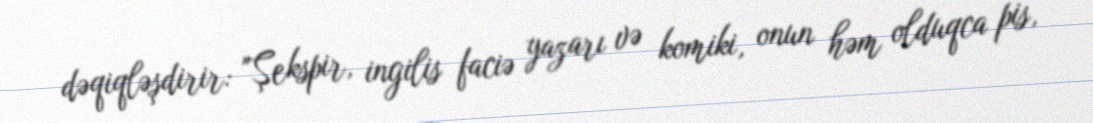
dəqiqləşdirir: "Şekspir, ingilis faciə yazarı və komiki, onun həm olduqca pis,